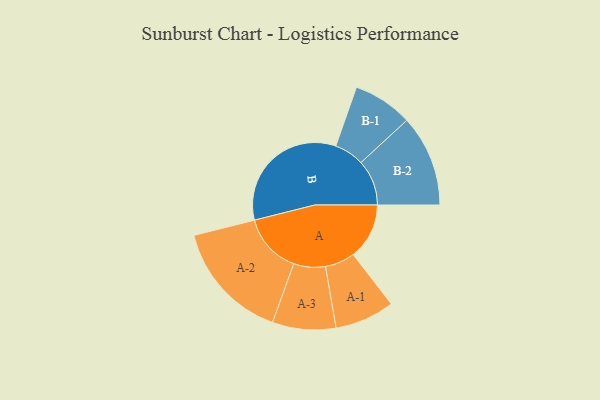
{"axis": {"x": "Segment", "y": "Value"}, "legend": ["", "A", "B"], "data": [{"x": "A", "y": 212, "type": ""}, {"x": "B", "y": 500, "type": ""}, {"x": "A-1", "y": 113, "type": "A"}, {"x": "A-2", "y": 227, "type": "A"}, {"x": "A-3", "y": 120, "type": "A"}, {"x": "B-1", "y": 113, "type": "B"}, {"x": "B-2", "y": 173, "type": "B"}]}